Annual report on the health of the army in India
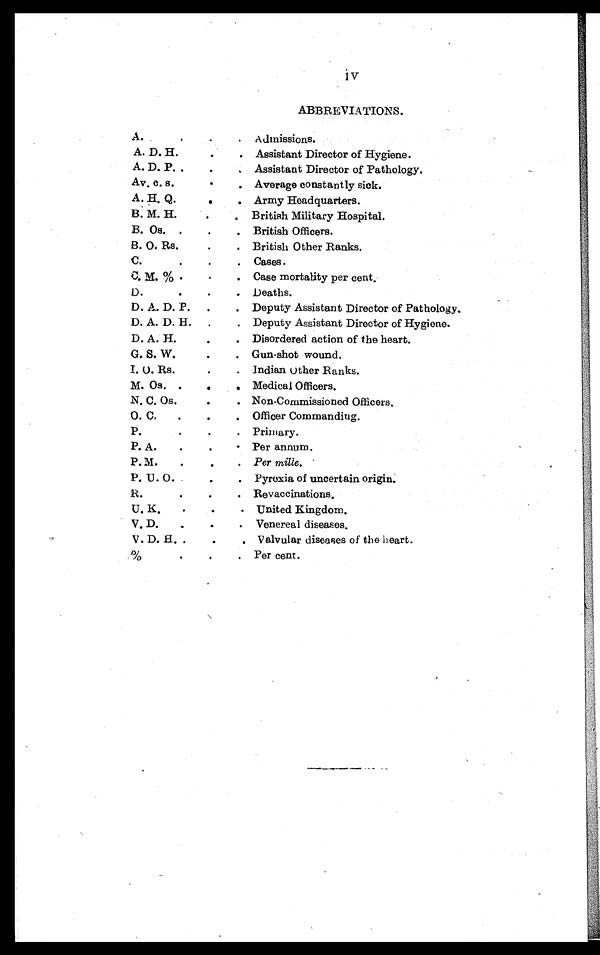
v
ABBREVIATIONS.
A . . .
Admissions.
A. D. H. . .
Assistant Director of Hygiene.
A. D. P. . .
Assistant Director of Pathology.
Av. c. s. . .
Average constantly sick.
A. H. Q. . .
Army Headquarters.
B. M. H. . .
British Military Hospital.
B. Os. . .
British Officers.
B. O. Rs. . .
British Other Ranks.
C. . .
Cases.
C. M. % . . .
Case mortality per cent.
D . . .
Deaths.
D. A. D. P. . .
Deputy Assistant Director of Pathology.
D. A. D. H. . .
Deputy Assistant Director of Hygiene.
D. A. H. . .
Disordered action of the heart.
G. S. W. . .
Gun-shot wound.
I. O. Rs. . .
Indian Other Ranks.
M. Os. . .
Medical Officers.
N. C. Os. . .
Non-Commissioned Officers.
O. C. . .
Officer Commanding.
P. . .
Primary.
P. A. . .
Per annum.
P. M. . .
Per mille.
P. U. O. . .
Pyrexia of uncertain origin.
R. . .
Revaccinations.
U. K. . .
United Kingdom.
V. D. . .
Venereal diseases.
V. D. H. . .
Valvular diseases of the heart.
% . . .
Per cent.